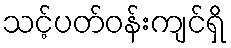
သင့်ပတ်ဝန်းကျင်ရှိ